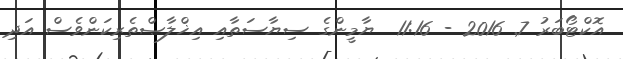
އޮކްޓޯބަރު 7